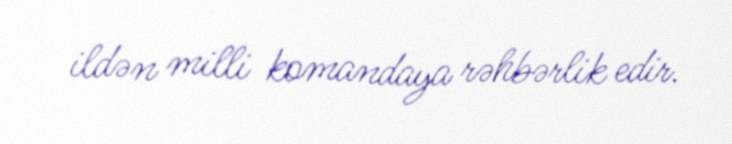
ildən milli komandaya rəhbərlik edir.